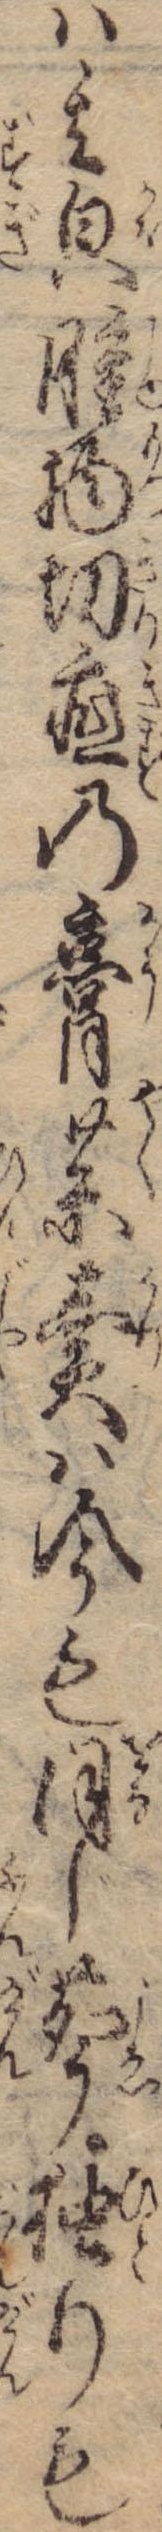
は其貌腫物切疵の膏薬売は今も同じ声独りも